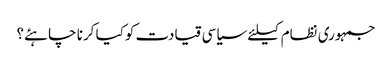
جمہوری نظام کیلئے سیاسی قیادت کوکیا کرنا چاہئے؟